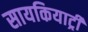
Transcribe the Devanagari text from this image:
सायकियाट्री